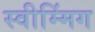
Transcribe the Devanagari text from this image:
स्वीम्मिंग